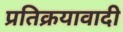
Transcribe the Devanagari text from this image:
प्रतिक्रयावादी